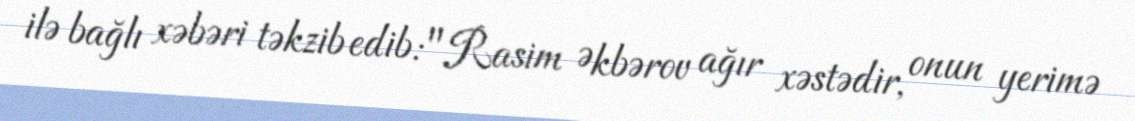
ilə bağlı xəbəri təkzib edib: "Rasim Əkbərov ağır xəstədir, onun yerimə